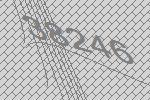
38246